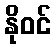
နိုဝင်